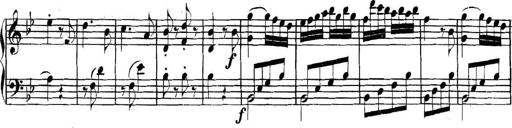
Title: Collected Piano Sonatas
Composer: Muzio Clementi